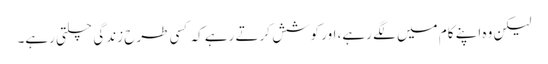
لیکن وہ اپنے کام میں لگے رہے، اور کوشش کرتے رہے کہ کسی طرح زندگی چلتی رہے۔